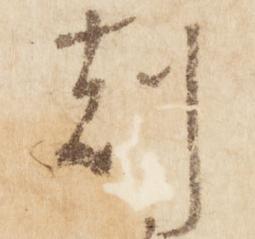
刻